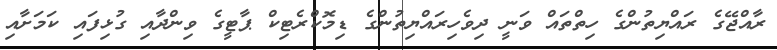
ރާއްޖޭގެ ރައްޔިތުންގެ ހިތްތައް ވަނީ ދިވެހިރައްޔިތުންގެ ޑިމޮކްރެޓިކް ޕާޓީގެ ވިންދާއި ގުޅިފައި ކަމަށާއި